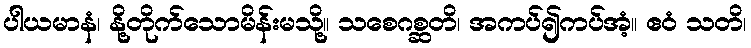
ပါယမာနံ၊ နို့တိုက်သောမိန်းမသို့။ သစေဂစ္ဆတိ၊ အကပ်၍ကပ်အံ့။ ဧဝံ သတိ၊